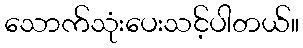
သောက်သုံးပေးသင့်ပါတယ်။